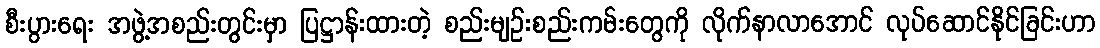
စီးပွားရေး အဖွဲ့အစည်းတွင်းမှာ ပြဋ္ဌာန်းထားတဲ့ စည်းမျဉ်းစည်းကမ်းတွေကို လိုက်နာလာအောင် လုပ်ဆောင်နိုင်ခြင်းဟာ